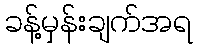
ခန့်မှန်းချက်အရ